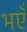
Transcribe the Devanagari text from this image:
भएँ